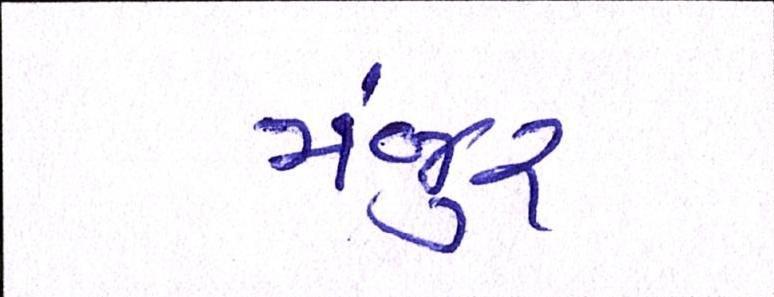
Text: મંજુર